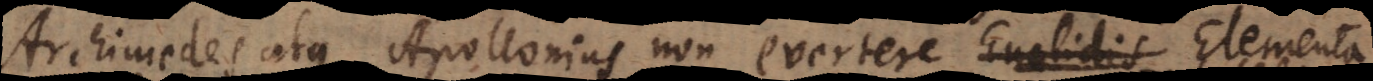
Archimedes atque Apollonius non evertere Euclidis Elementa